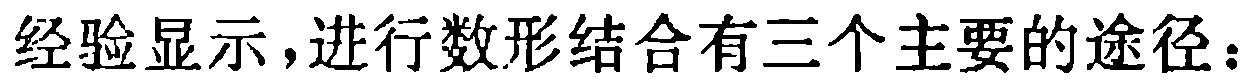
经验显示，进行数形结合有三个主要的途径：